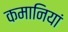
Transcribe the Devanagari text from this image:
कमानियां